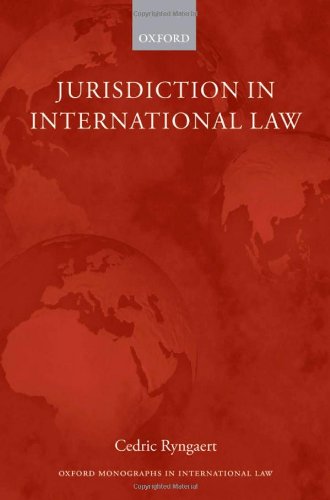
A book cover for Jurisdiction in International Law (Oxford Monographs in International Law); Cedric Ryngaert; Law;